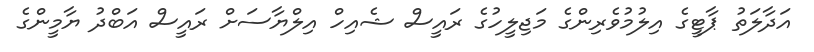
އަދާލަތު ޕާޓީގެ އިލުމުވެރިންގެ މަޖިލީހުގެ ރައީސް ޝެއިހް އިލްޔާސަށް ރައީސް އަބްދު ޔާމީންގެ